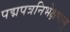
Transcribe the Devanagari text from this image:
पद्मपत्रनिभेक्षणाम्